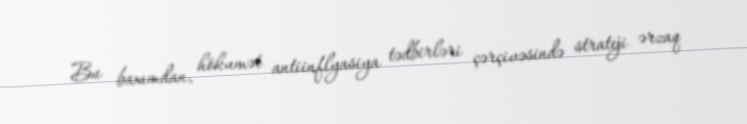
Bu baxımdan, hökumət antiinflyasiya tədbirləri çərçivəsində strateji ərzaq